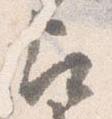
尋